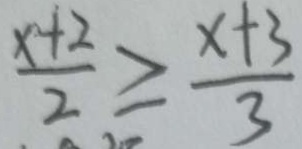
\frac { x + 2 } { 2 } \geq \frac { x + 3 } { 3 }